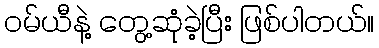
၀မ်ယီနဲ့ တွေ့ဆုံခဲ့ပြီး ဖြစ်ပါတယ်။